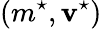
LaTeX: (m^{\star},\mathbf{v}^{\star})